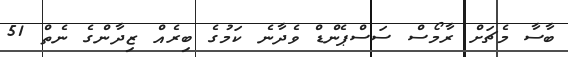
ބާސާ މެޗަށް ރާމޯސް ސަސްޕެންޑް ވެދާނެ ކަމުގެ ބިރެއް ޒިދާންގެ ނެތް 51